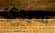
سيدي